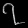
Digit: ၇